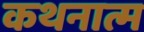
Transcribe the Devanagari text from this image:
कथनात्म